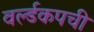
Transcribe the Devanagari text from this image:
वर्ल्डकपची